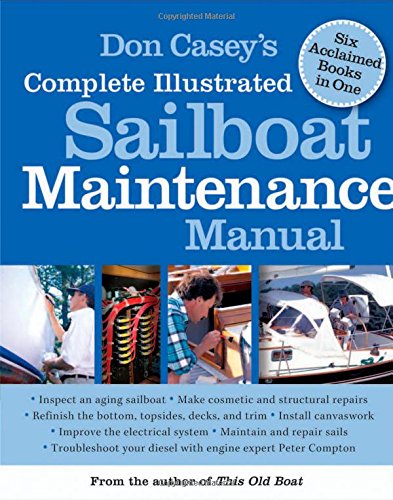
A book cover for Don Casey's Complete Illustrated Sailboat Maintenance Manual: Including Inspecting the Aging Sailboat, Sailboat Hull and Deck Repair, Sailboat Refinishing, Sailbo; Don Casey; Engineering & Transportation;